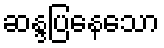
ဆန္ဒပြနေသော